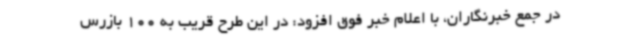
در جمع خبرنگاران، با اعلام خبر فوق افزود: در این طرح قریب به 100 بازرس